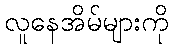
လူနေအိမ်များကို